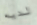
لديه